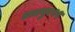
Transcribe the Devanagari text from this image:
डब्ल्यु१११